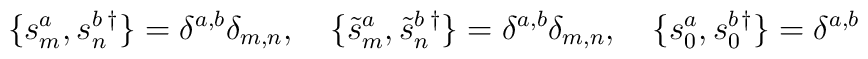
\{s_m^a, s_n^b{}^\dagger \} = \delta^{a,b}\delta_{m,n}, ~~~\{\tilde{s}_m^a, \tilde{s}_n^b{}^\dagger \} = \delta^{a,b}\delta_{m,n},~~~ \{s_0^a, s_0^b{}^\dagger \} = \delta^{a,b}